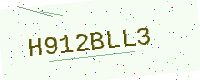
Text: H912BLL3